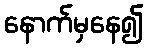
နောက်မှနေ၍